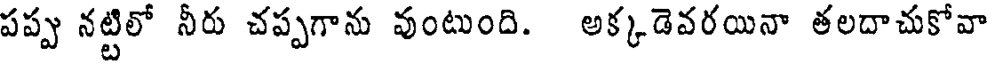
పప్పు నట్టిలో నీరు చప్పగాను వుంటుంది. అక్కడెవరయినా తలదాచుకోవా